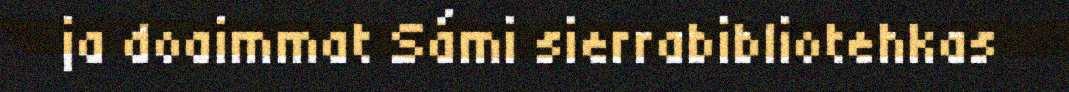
ja doaimmat Sámi sierrabibliotehkas